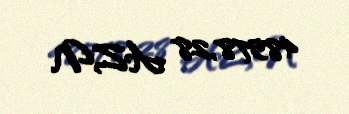
48578,28 AZN